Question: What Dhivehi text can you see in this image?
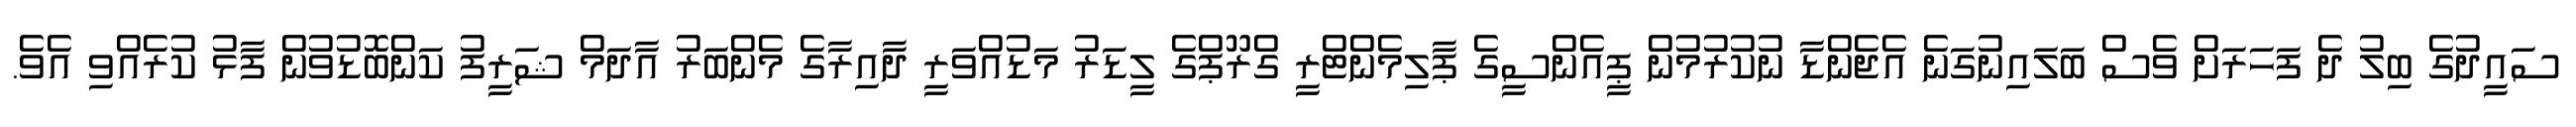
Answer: ސައީދުގެ ބިލު ދެ ފަހަރަށް ވެސް ބަލައިނުގަނެ އެޖެންޑާ ނުކުރުމުން ޕީއެންސީގެ ޕާލިމެންޓްރީ ގްރޫޕްގެ ލީޑަރު މަޑުއްވަރީ ދާއިރާގެ މެންބަރު އާދަމް ޝަރީފު ކަންބޮޑުވުން ފާޅު ކުރެއްވި އެވެ.